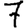
Digit: 7